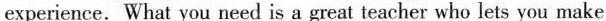
experience. What you need is a great teacher who lets you make